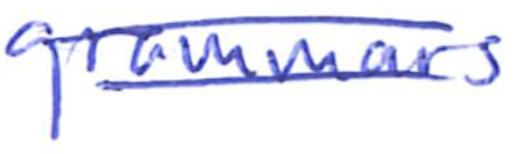
Text: grammars
Cross-out: double-line
Writing tool: ballpoint